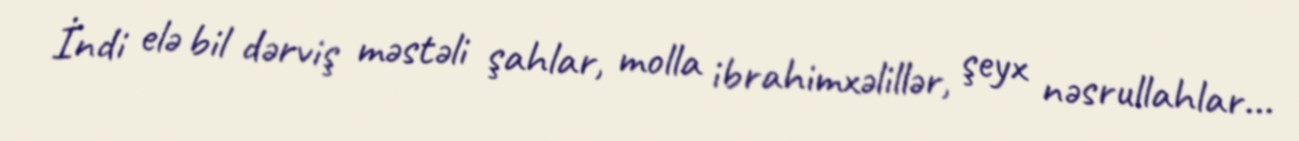
İndi elə bil dərviş məstəli şahlar, molla ibrahimxəlillər, şeyx nəsrullahlar...